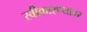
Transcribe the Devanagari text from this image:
स्वीकारण्यावर